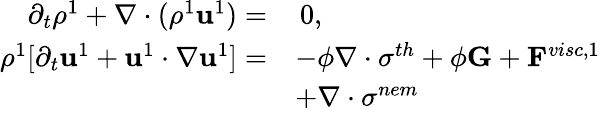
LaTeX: \begin{array}{rl}{\partial_{t}\rho^{1}+\mathbf{\nabla}\cdot(\rho^{1}\mathbf{u}^{1})=}&{\, 0,}\\ {\rho^{1}[\partial_{t}\mathbf{u}^{1}+\mathbf{u}^{1}\cdot\mathbf{\nabla}\mathbf{u}^{1}]=}&{-\phi\mathbf{\nabla}\cdot\mathbf{\sigma}^{th}+\phi\mathbf{G}+\mathbf{F}^{visc,1}}\\ &{+\mathbf{\nabla}\cdot\mathbf{\sigma}^{nem}}\end{array}